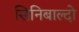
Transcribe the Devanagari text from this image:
सिनिबाल्दो